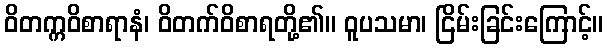
ဝိတက္ကဝိစာရာနံ၊ ဝိတက်ဝိစာရတို့၏။ ဝူပသမာ၊ ငြိမ်းခြင်းကြောင့်။